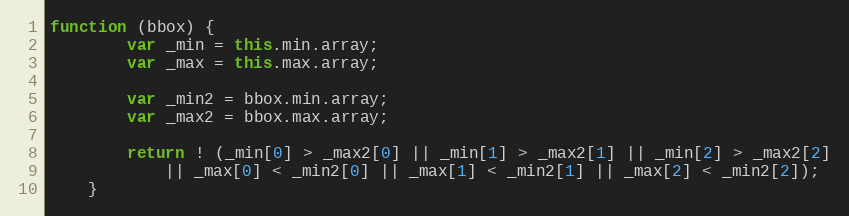
Language: JavaScript
function (bbox) {
        var _min = this.min.array;
        var _max = this.max.array;

        var _min2 = bbox.min.array;
        var _max2 = bbox.max.array;

        return ! (_min[0] > _max2[0] || _min[1] > _max2[1] || _min[2] > _max2[2]
            || _max[0] < _min2[0] || _max[1] < _min2[1] || _max[2] < _min2[2]);
    }